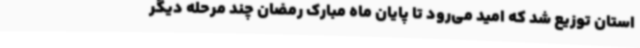
استان توزیع شد که امید می‌رود تا پایان ماه مبارک رمضان چند مرحله دیگر